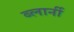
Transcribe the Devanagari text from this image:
ब्लार्नी